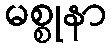
မစ္စုနာ